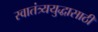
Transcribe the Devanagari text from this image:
स्वातंत्र्ययुद्धासाठी